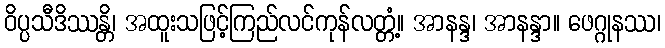
ဝိပ္ပသီဒိဿန္တိ၊ အထူးသဖြင့်ကြည်လင်ကုန်လတ္တံ့။ အာနန္ဒ၊ အာနန္ဒာ။ ဖေဂ္ဂုနဿ၊